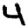
Digit: 4